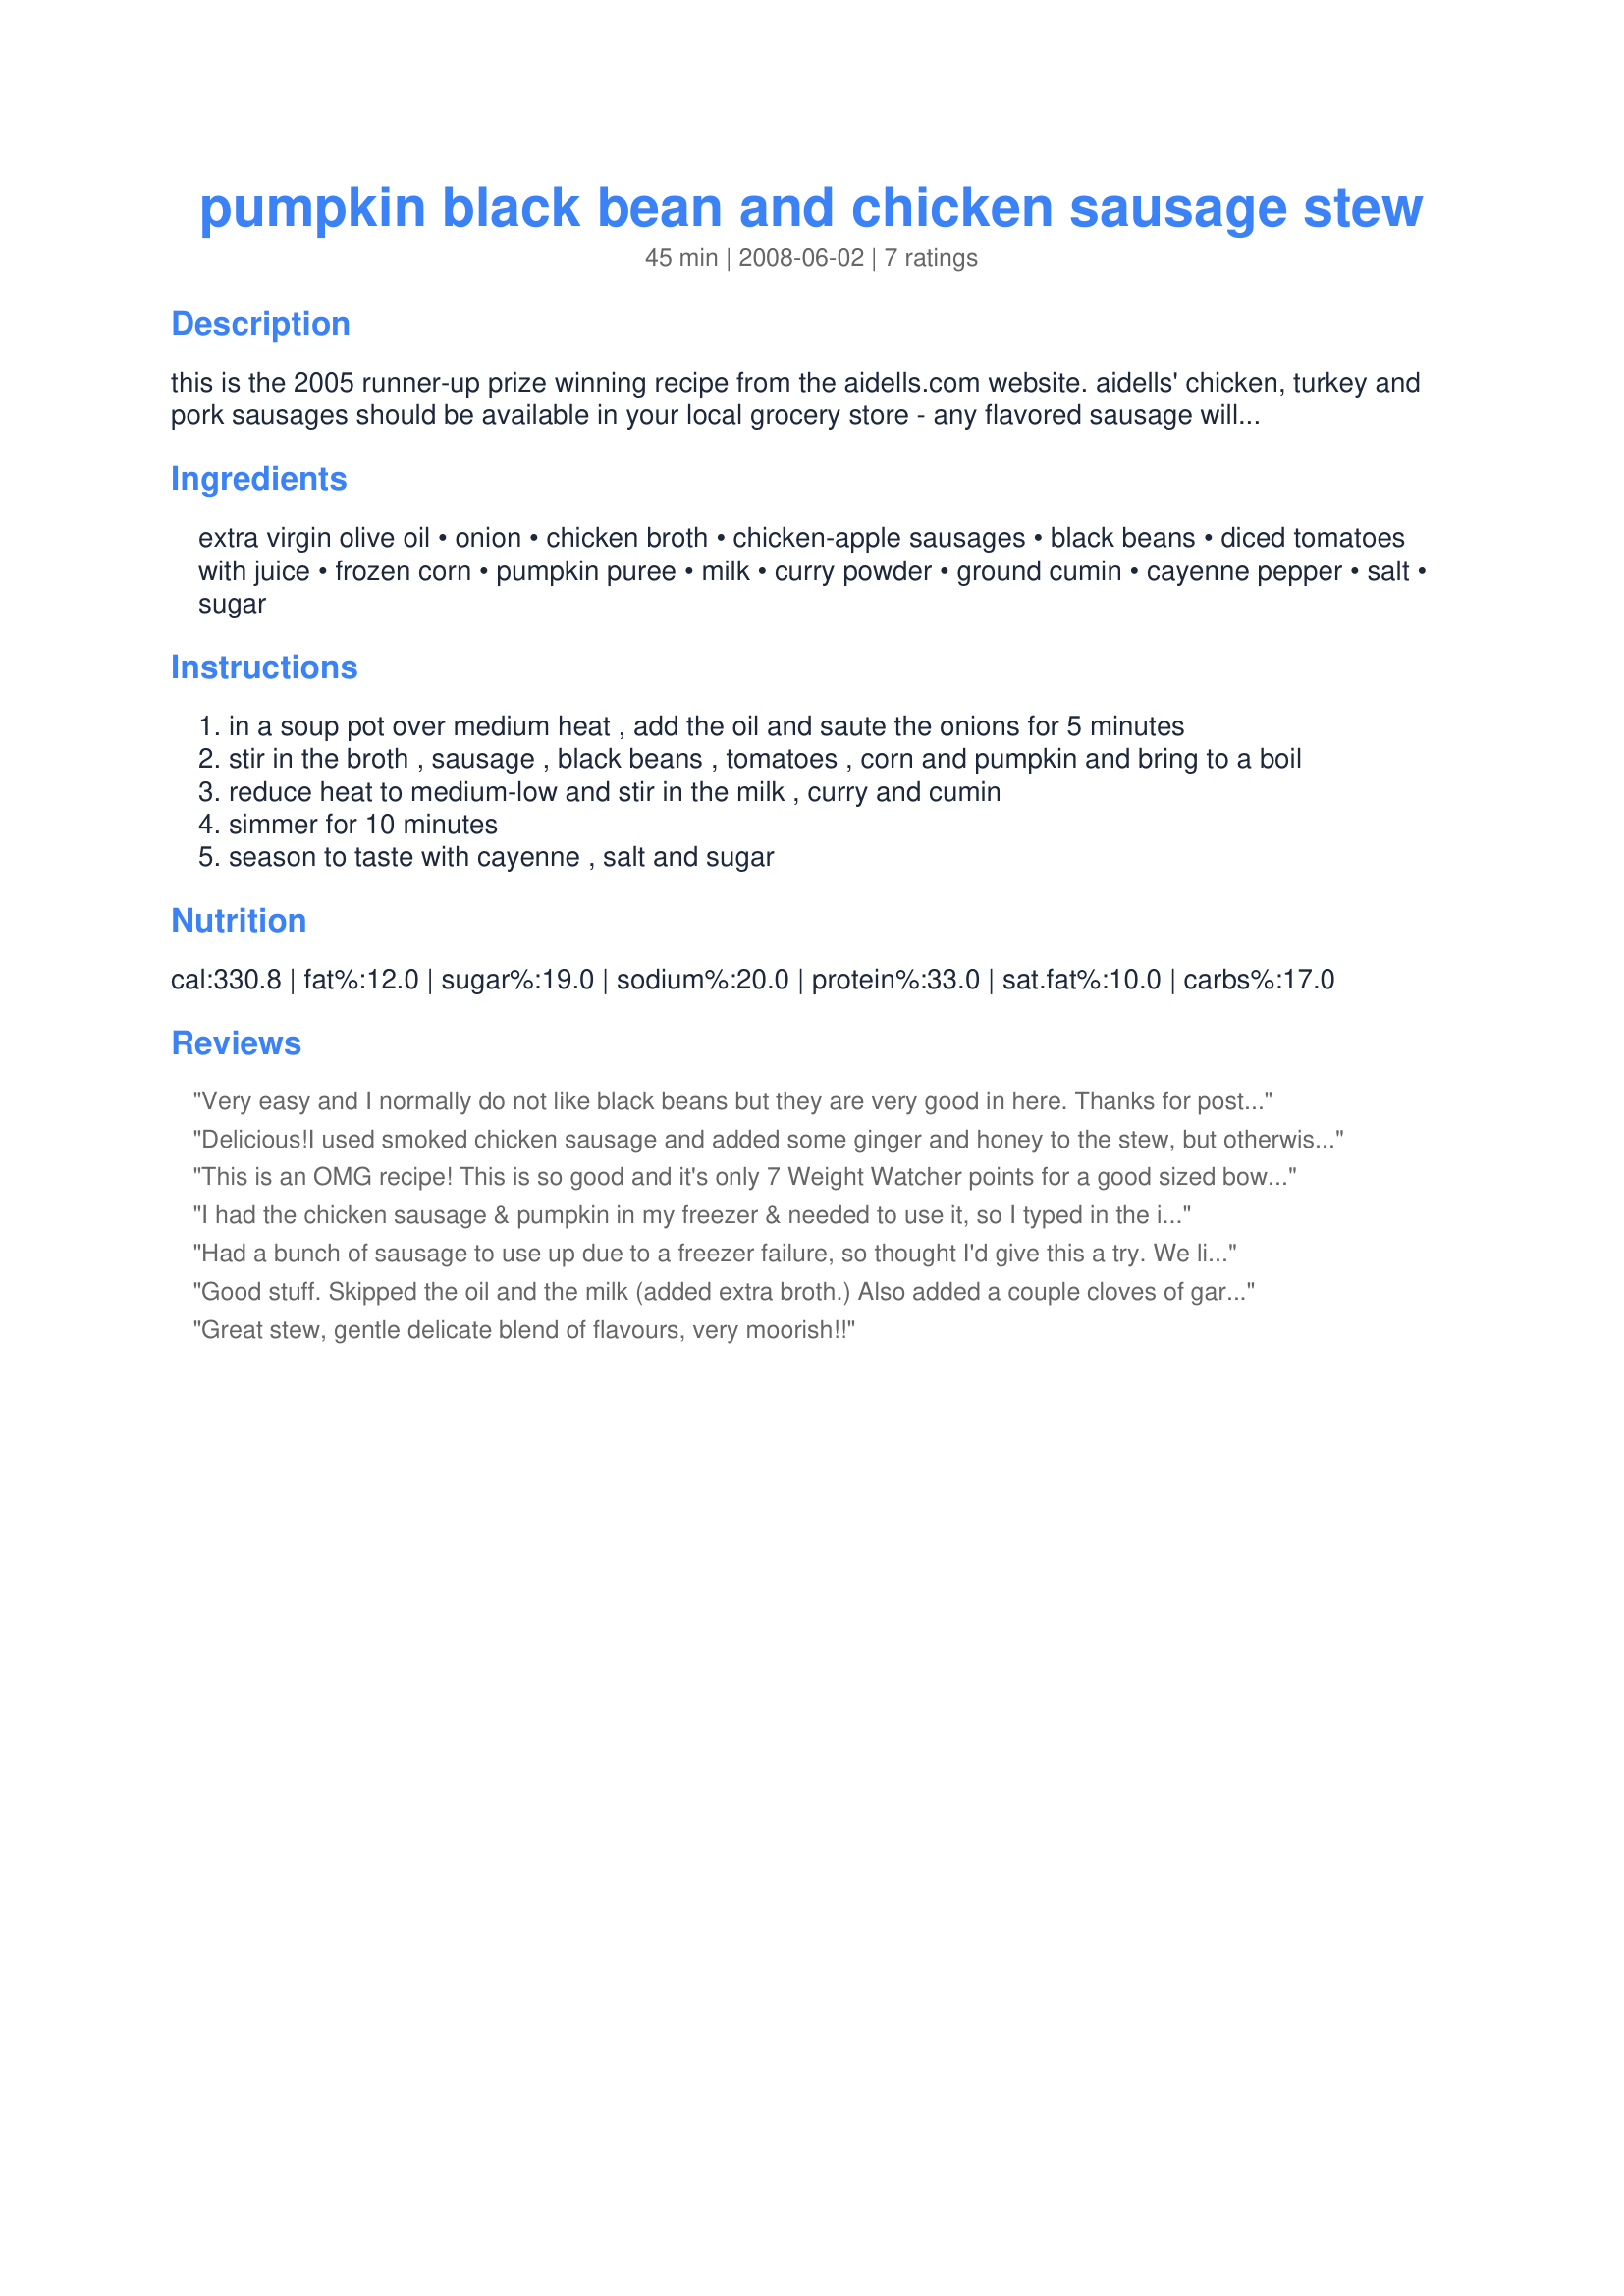
pumpkin black bean and chicken sausage stew
Preparation time: 45 minutes

this is the 2005 runner-up prize winning recipe from the aidells.com website. aidells' chicken, turkey and pork sausages should be available in your local grocery store - any flavored sausage will work. i added more curry and cumin and cayenne - we like it spicy! this was a cinch to make and it was delicious!

Ingredients:
extra virgin olive oil, onion, chicken broth, chicken-apple sausages, black beans, diced tomatoes with juice, frozen corn, pumpkin puree, milk, curry powder, ground cumin, cayenne pepper, salt, sugar

Steps:
in a soup pot over medium heat , add the oil and saute the onions for 5 minutes
stir in the broth , sausage , black beans , tomatoes , corn and pumpkin and bring to a boil
reduce heat to medium-low and stir in the milk , curry and cumin
simmer for 10 minutes
season to taste with cayenne , salt and sugar

Reviews:
Very easy and I normally do not like black beans but they are very good in here. Thanks for posting it.
Delicious!<br/>I used smoked chicken sausage and added some ginger and honey to the stew, but otherwise made as directed. The curry and cayenne added the right amount of spice, and this was a wonderful meal for a cold night. Thanks!
This is an OMG recipe! This is so good and it's only 7 Weight Watcher points for a good sized bowl. I cut the recipe in half and used an 8oz can of tomato sauce instead of diced tomatoes. I left out the cayenne pepper as I cannot eat it.
My husband said it is a "doer again"!
Thanks for a great recipe. Carole in Orlando
I had the chicken sausage & pumpkin in my freezer & needed to use it, so I typed in the ingredients & this recipe came up. I wasn't excited by the recipe, but decided to make it anyway just to clean out my freezer. What a pleasant surprise- very, very good. I will likely make this again! At the end of cooking I added about 1/2 tspn kosher salt & 1 tspn sugar. Because of my toddler, we added a dash of red pepper flakes to our own dishes, which gave it a perfect little kick.
Had a bunch of sausage to use up due to a freezer failure, so thought I'd give this a try. We liked it, but it seemed a bit bland. I have quite a few leftovers, so will try punching up the flavor with more spices next time I heat it up. Paired nicely with cornbread muffins and I like that it features a variety of vegetables. Thanks for posting!
Good stuff. Skipped the oil and the milk (added extra broth.) Also added a couple cloves of garlic, minced. Loved the flavor, especially the sweetness for me!
Great stew, gentle delicate blend of flavours, very moorish!!
